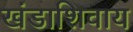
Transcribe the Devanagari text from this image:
खंडाशिवाय